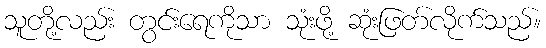
သူတို့လည်း တွင်းရေကိုသာ သုံးဖို့ ဆုံးဖြတ်လိုက်သည်။